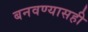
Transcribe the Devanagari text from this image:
बनवण्यासही